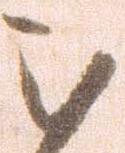
被